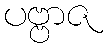
ပဗ္ဗာဇ